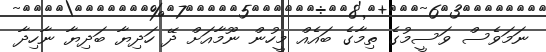
ނަމަވެސް ވަސީމުގެ ތިމާގެ ބައެއް މީހުން ނޫމާއަށް ދޭ ހަދިޔާ ބަދިޔާ ނާހިދާ